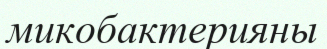
микобактерияны